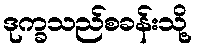
ဒုက္ခသည်စခန်းသို့